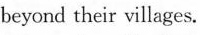
beyond their villages.